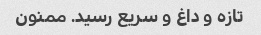
تازه و داغ و سریع رسید. ممنون